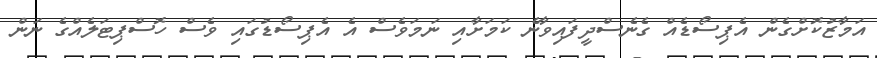
އަމާޒުކޮށްގެން އެޕިސޯޑެއް ގެނެސްދީފައިވާނެ ކަމަށާއި ނަމަވެސް އެ އެޕިސޯޑުގައި ވެސް ހޮސްޕިޓަލެއްގެ ނަން